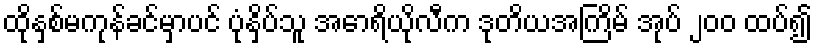
ထိုနှစ်မကုန်ခင်မှာပင် ပုံနှိပ်သူ အောရိယိုလီက ဒုတိယအကြိမ် အုပ် ၂၀၀ ထပ်၍